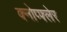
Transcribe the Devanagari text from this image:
क्नोप्फ्लेर